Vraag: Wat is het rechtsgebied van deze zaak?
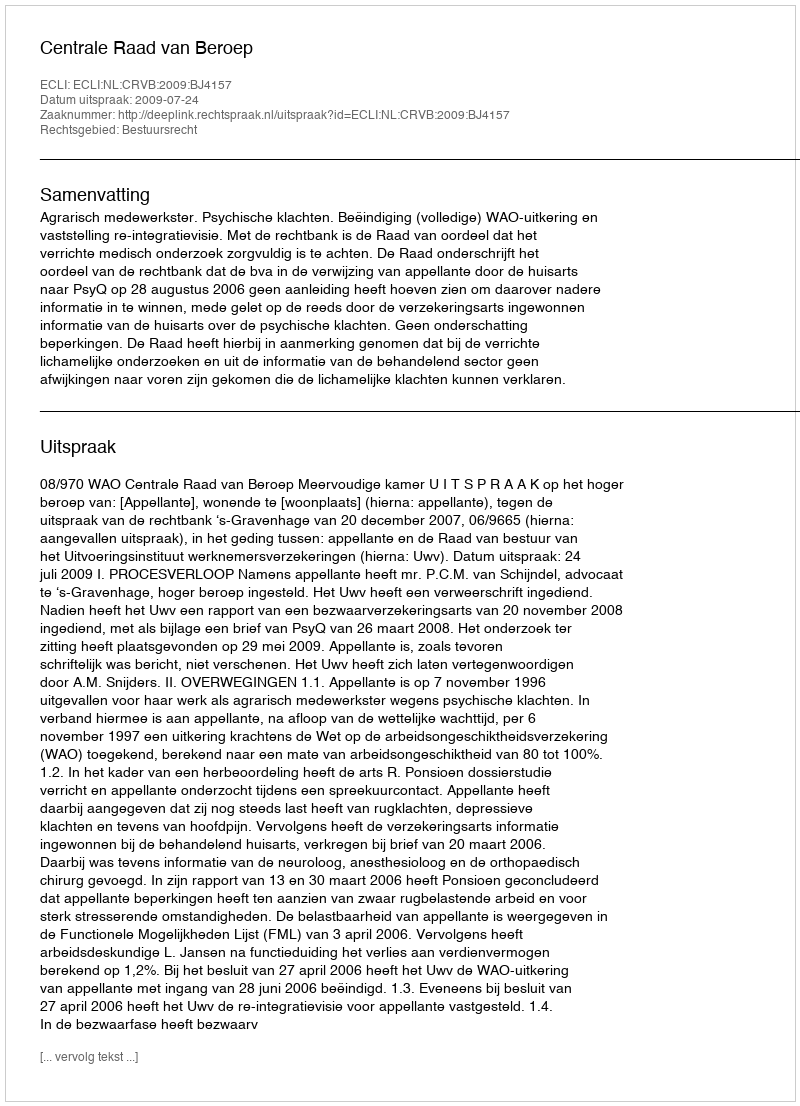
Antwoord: Bestuursrecht